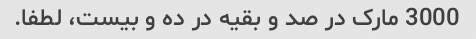
3000 مارک در صد و بقیه در ده و بیست، لطفا.